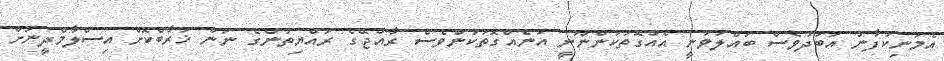
އެމަނިކުފާނު އަބަދުވެސް ބައްލަވަނީ އެއްގޮތަކުންނޫނީ އަނެއްގޮތަކުންވެސް ރާއްޖޭގެ ރައްޔިތުންގެ ނަން ޚަރާބްކޮށް އިސްލާމްދީނަށް